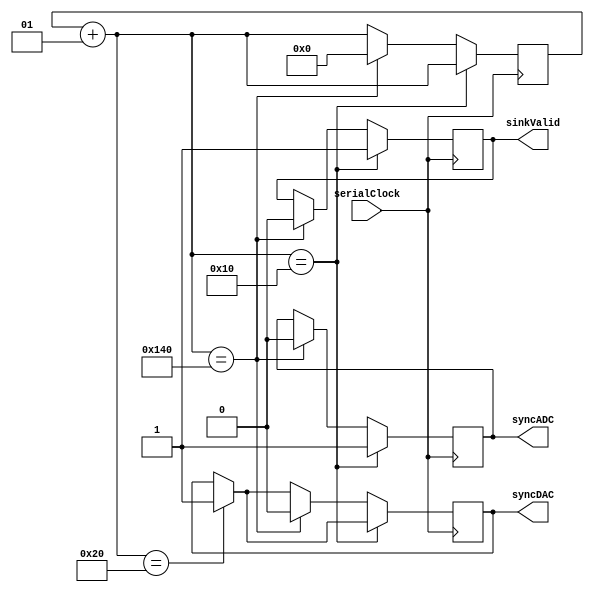
module clock(serialClock, syncDAC, syncADC, sinkValid);

input serialClock; //16 MHz

integer countSync;

output reg syncDAC, syncADC, sinkValid;

initial
		countSync = 0;

always @(posedge serialClock)
	begin
	
		//Control block for syncDAC pulse
		countSync = countSync + 1;
		if (countSync == 32) //DAC takes 32-bit input
			syncDAC = 1;
			
		//Control block for syncADC pulse
		if (countSync == 16) //ADC takes 16-bit input
			begin
				syncADC = 1;
				sinkValid = 1;
			end
			
		else if (countSync == 320) //Delay makes it so that syncADC and syncDAC pulses are aligned, and also so that they are operating at 50,000 samples per second.
			begin
				syncADC = 0; //Reset all of the syncPulses and the counter
				syncDAC = 0;
				sinkValid = 0;
				countSync = 0;
			end
	end
endmodule